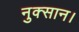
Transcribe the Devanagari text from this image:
नुक्सान।